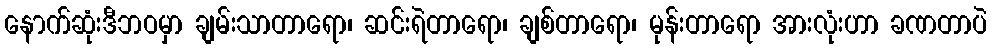
နောက်ဆုံးဒီဘဝမှာ ချမ်းသာတာရော၊ ဆင်းရဲတာရော၊ ချစ်တာရော၊ မုန်းတာရော အားလုံးဟာ ခဏတာပဲ